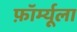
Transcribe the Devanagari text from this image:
फ़ॉर्म्यूला